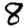
Digit: 8